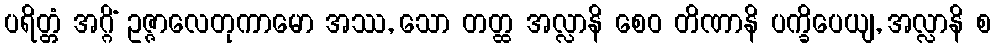
ပရိတ္တံ အဂ္ဂိံ ဥဇ္ဇာလေတုကာမော အဿ, သော တတ္ထ အလ္လာနိ စေဝ တိဏာနိ ပက္ခိပေယျ, အလ္လာနိ စ